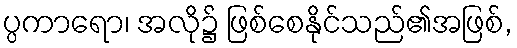
ပ္ပကာရော၊ အလို၌ ဖြစ်စေနိုင်သည်၏အဖြစ်,